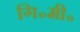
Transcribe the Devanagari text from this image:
गि॰मी॰